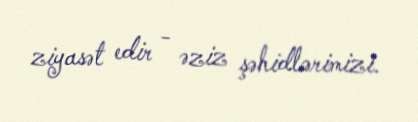
ziyasət edir - əziz şəhidlərimizi.